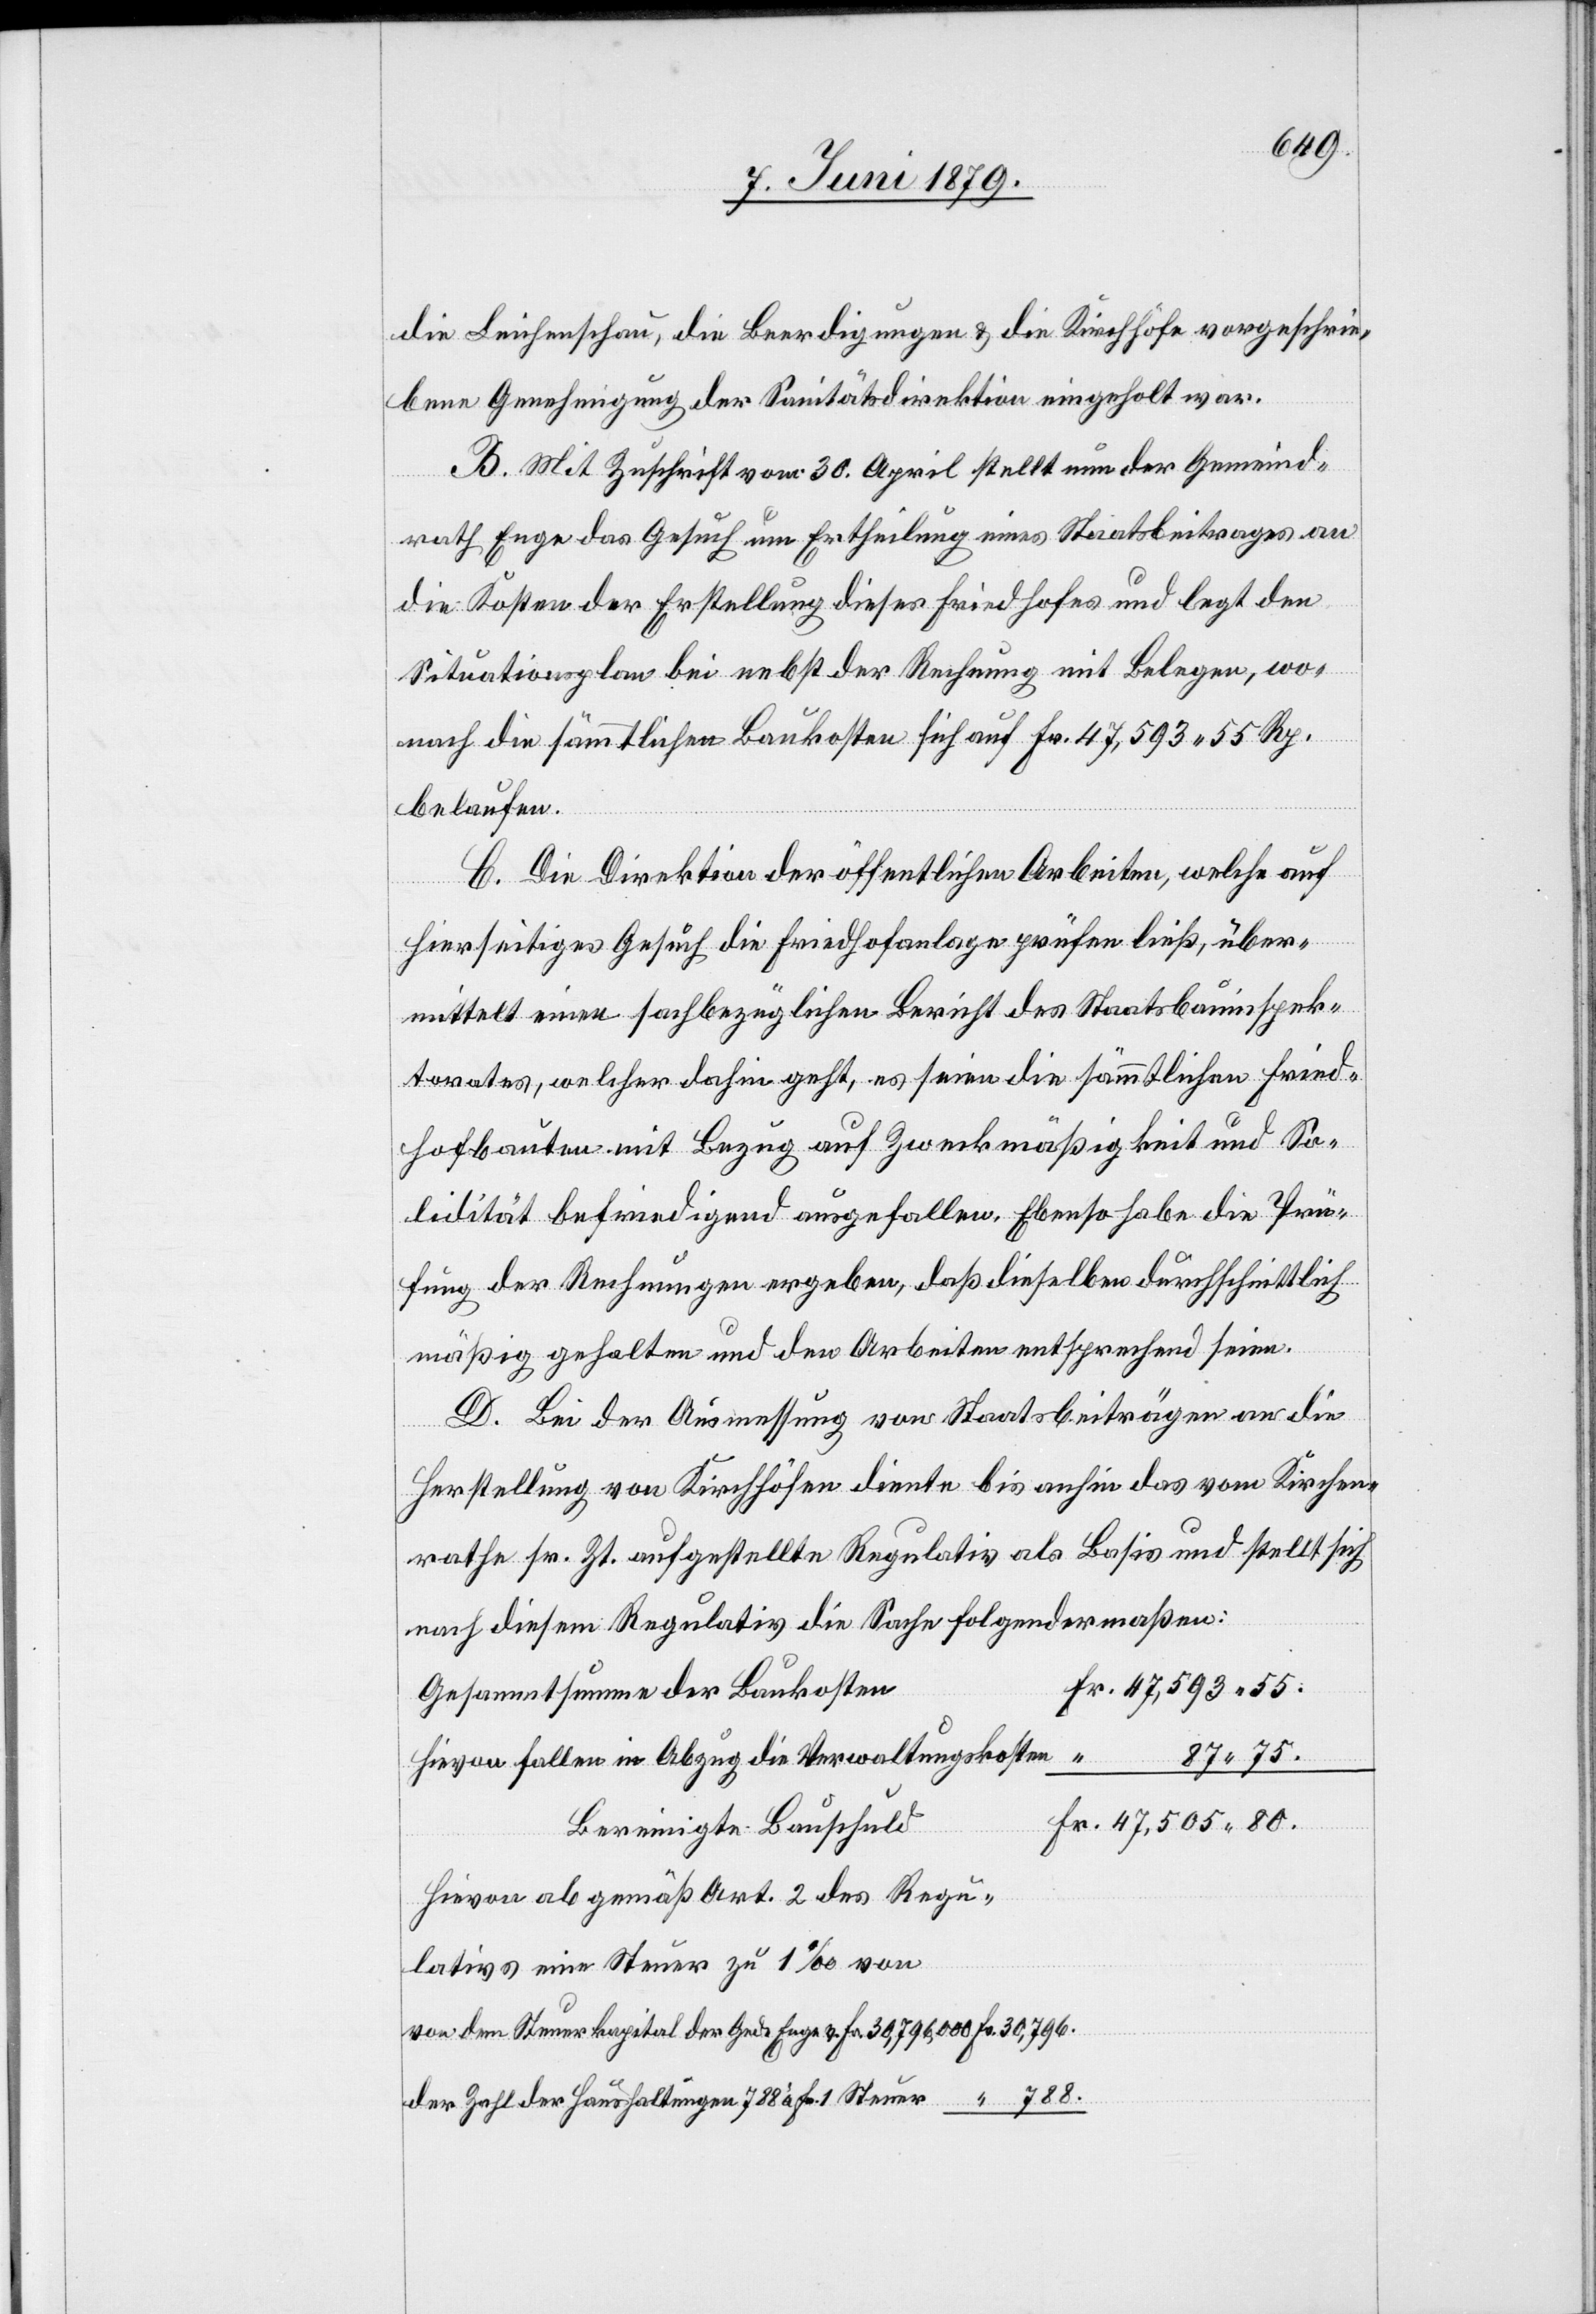
die Leichenschau, die Beerdigungen & die Kirchhöfe vorgeschrie¬
bene Genehmigung der Sanitätsdirektion eingeholt war.
B. Mit Zuschrift vom 30. April stellt nun der Gemeind¬
rath Enge das Gesuch um Ertheilung eines Staatsbeitrages an
die Kosten der Erstellung dieses Friedhofes und legt den
Situationsplan bei nebst der Rechnung mit Belegen, wo¬
nach die sämmtlichen Baukosten sich auf Fr. 47,593 55 Rp.
belaufen.
C. Die Direktion der öffentlichen Arbeiten, welche auf
hierseitiges Gesuch die Friedhofanlage prüfen ließ, über¬
mittelt einen sachbezüglichen Bericht des Staatsbauinspek¬
torates, welcher dahin geht, es seien die sämmtlichen Fried¬
hofbauten mit Bezug auf Zweckmäßigkeit und So¬
lidität befriedigend ausgefallen. Ebenso habe die Prü¬
fung der Rechnungen ergeben, daß dieselben durchschnittlich
mäßig gehalten und den Arbeiten entsprechend seien.
D. Bei der Ausmessung von Staatsbeiträgen an die
Herstellung von Kirchhöfen diente bis anhin das vom Kirchen¬
rathe sr. Zt. aufgestellte Regulativ als Basis und stellt sich
nach diesem Regulativ die Sache folgendermaßen:
Gesammtsumme der Baukosten
87 75.
Hievon fallen in Abzug die Verwaltungskosten
Bereinigte Bauschuld
Hievon ab gemäß Art. 2 des Regu¬
lativs eine Steuer zu 1‰ von
dem Steuerkapital der Gede Enge v. Fr. 30,796,000
der Zahl der Haushaltungen 788 à Fr. 1 Steuer